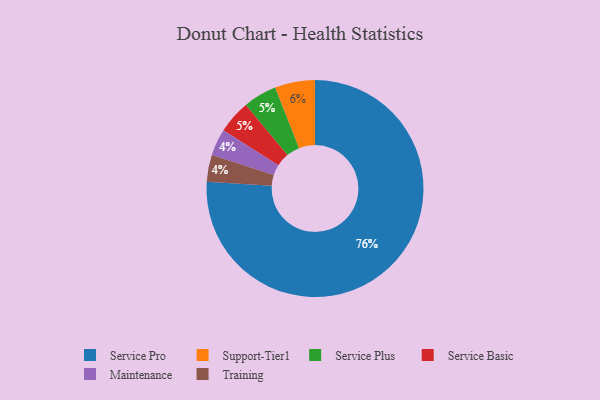
{"axis": {"x": "Category", "y": "Percentage"}, "legend": ["Maintenance", "Service Basic", "Service Plus", "Service Pro", "Support-Tier1", "Training"], "data": [{"x": "Service Plus", "y": 5, "type": "Service Plus"}, {"x": "Service Pro", "y": 76, "type": "Service Pro"}, {"x": "Maintenance", "y": 4, "type": "Maintenance"}, {"x": "Support-Tier1", "y": 6, "type": "Support-Tier1"}, {"x": "Service Basic", "y": 5, "type": "Service Basic"}, {"x": "Training", "y": 4, "type": "Training"}]}